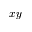
x y